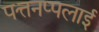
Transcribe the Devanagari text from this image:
पत्तनप्पलाई